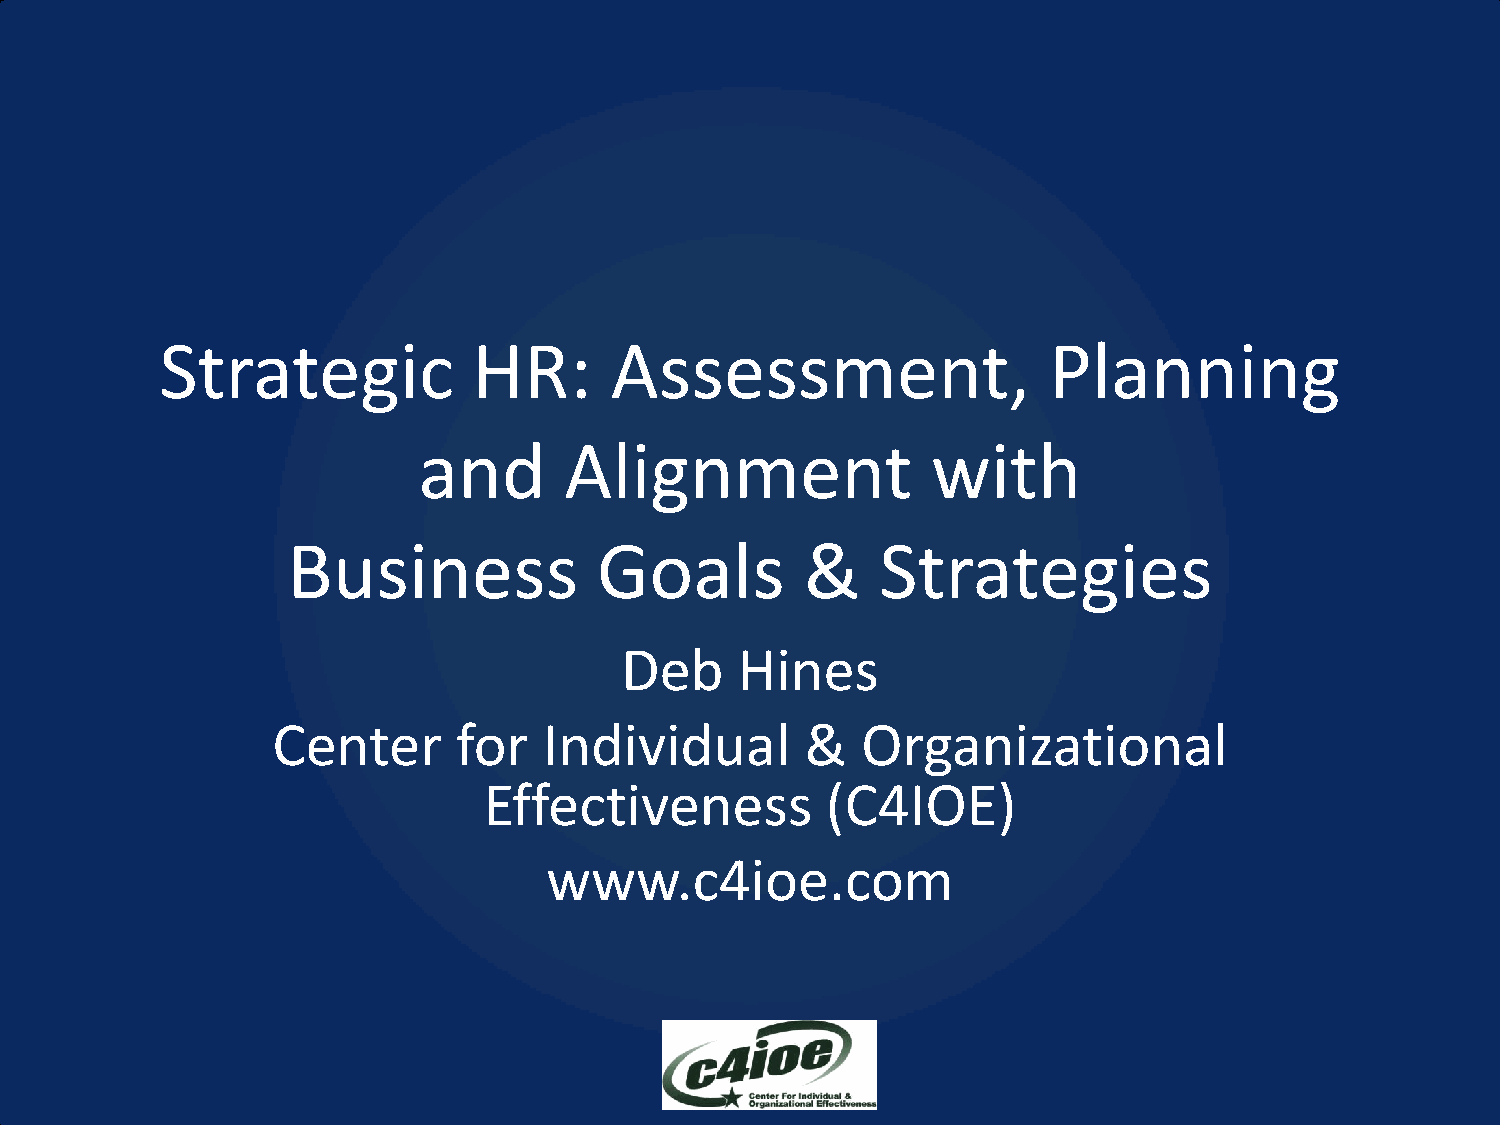
Strategic           HR:      Assessment,                  Planning
 and      Alignment                with
 Business             Goals        &    Strategies
 Deb     Hines
 Center      for   Individual       &   Organizational
 Effectiveness          (C4IOE)
 www.c4ioe.com